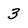
Character: 3